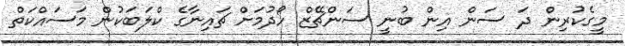
މީގެކުރިން ދަ ސަން އިން ބުނީ ސަންޗޭޒް ހޯދުމަށް ޗައިނާގެ ކްލަބަކުން މަސައްކަތް